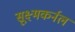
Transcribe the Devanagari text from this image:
सूक्ष्मकर्नल